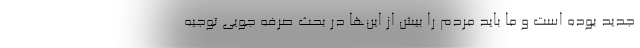
جدید بوده است و ما باید مردم را بیش از این‌ها در بحث صرفه جویی توجیه